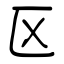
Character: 区